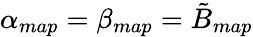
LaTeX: \alpha_{map}=\beta_{map}=\tilde{B}_{map}